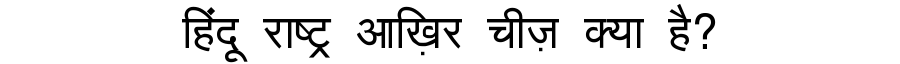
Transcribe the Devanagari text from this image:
हिंदू राष्ट्र आख़िर चीज़ क्या है?